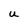
Character: U